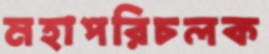
মহাপরিচলক